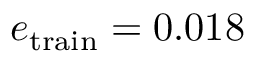
e _ { \mathrm { t r a i n } } = 0 . 0 1 8